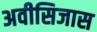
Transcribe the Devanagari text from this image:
अवीसिजास